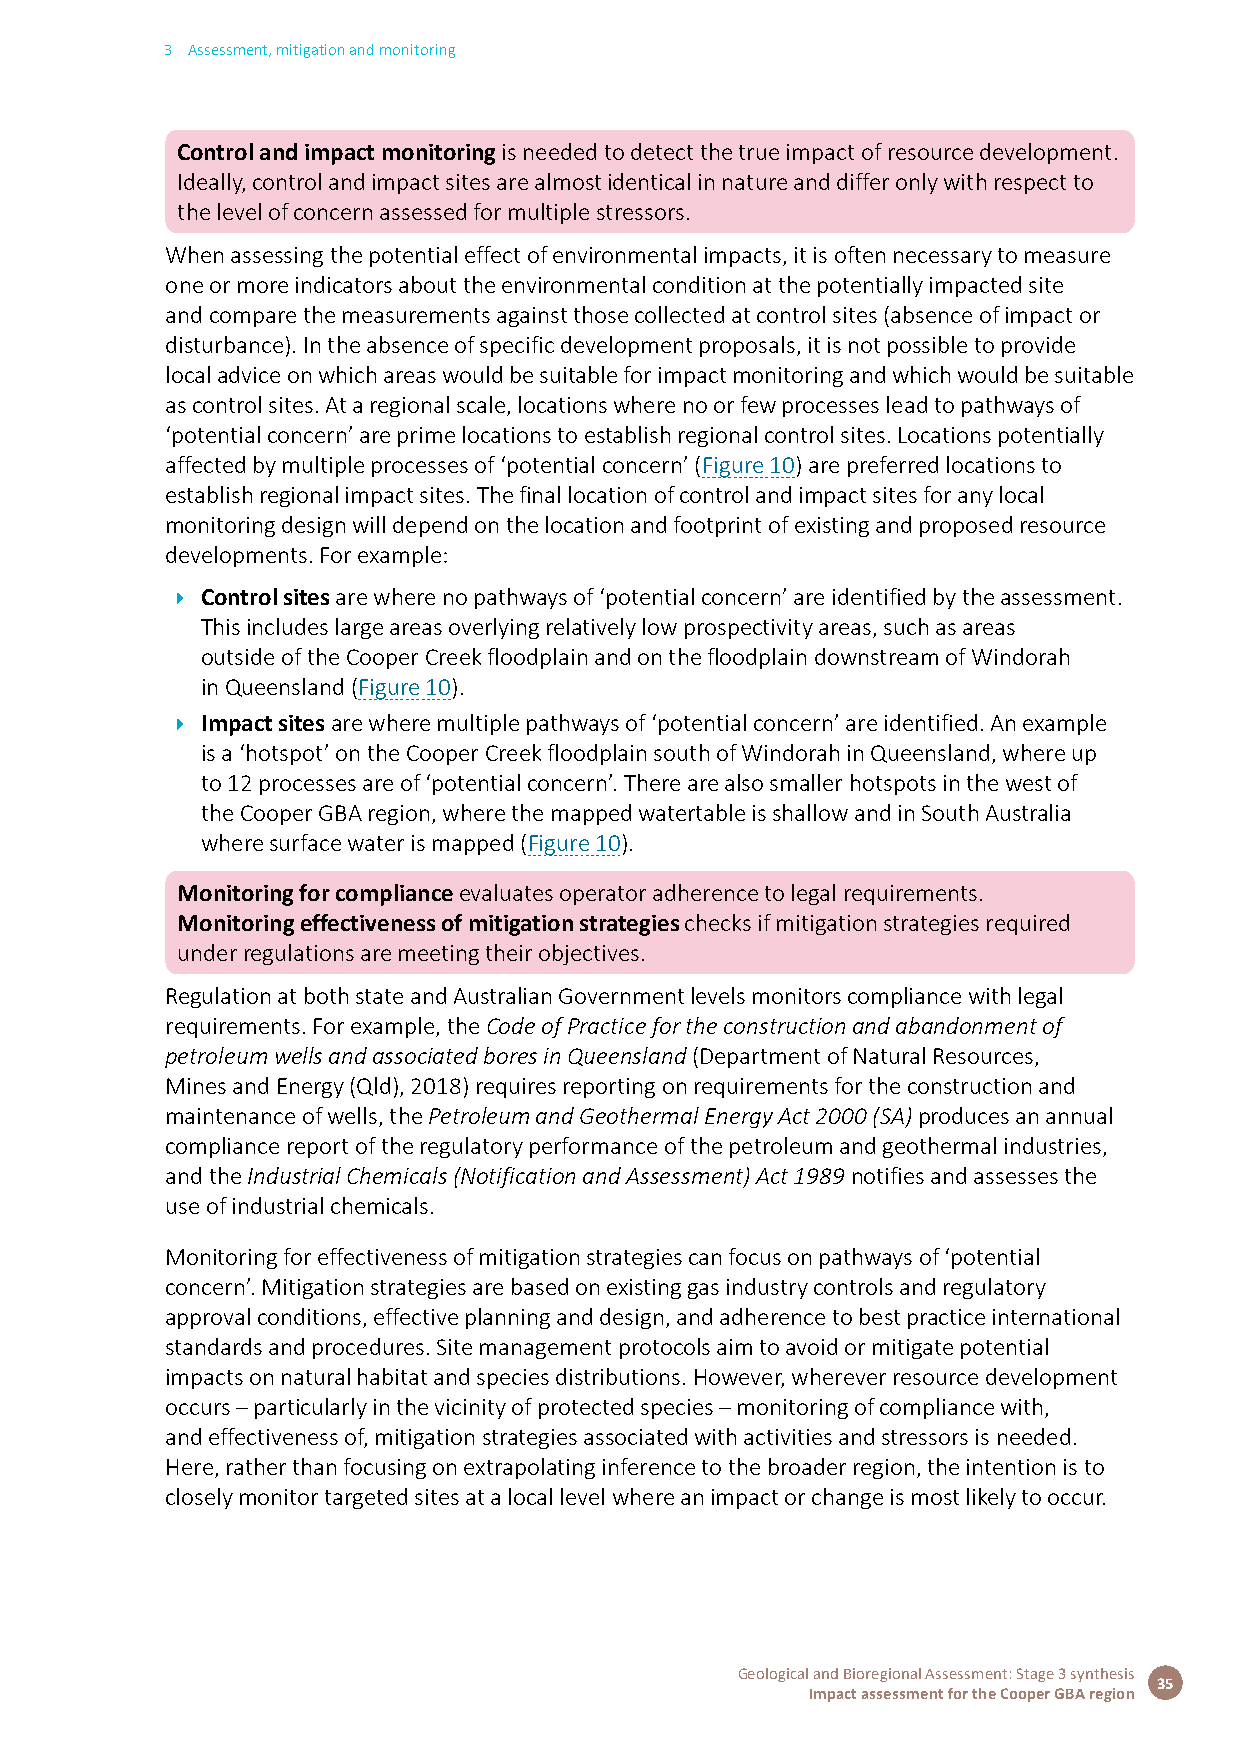
3 Assessment, mitigation and monitoring
 Control and impact monitoring is needed to detect the true impact of resource development.
 Ideally, control and impact sites are almost identical in nature and differ only with respect to
 the level of concern assessed for multiple stressors.
 When assessing the potential effect of environmental impacts, it is often necessary to measure
 one or more indicators about the environmental condition at the potentially impacted site
 and compare the measurements against those collected at control sites (absence of impact or
 disturbance). In the absence of specific development proposals, it is not possible to provide
 local advice on which areas would be suitable for impact monitoring and which would be suitable
 as control sites. At a regional scale, locations where no or few processes lead to pathways of
 ‘potential concern’ are prime locations to establish regional control sites. Locations potentially
 affected by multiple processes of ‘potential concern’ (Figure 10) are preferred locations to
 establish regional impact sites. The final location of control and impact sites for any local
 monitoring design will depend on the location and footprint of existing and proposed resource
 developments. For example:
 Î Control sites are where no pathways of ‘potential concern’ are identified by the assessment.
 This includes large areas overlying relatively low prospectivity areas, such as areas
 outside of the Cooper Creek floodplain and on the floodplain downstream of Windorah
 in Queensland (Figure 10).
 Î impact sites are where multiple pathways of ‘potential concern’ are identified. An example
 is a ‘hotspot’ on the Cooper Creek floodplain south of Windorah in Queensland, where up
 to 12 processes are of ‘potential concern’. There are also smaller hotspots in the west of
 the Cooper GBA region, where the mapped watertable is shallow and in South Australia
 where surface water is mapped (Figure 10).
 Monitoring for compliance evaluates operator adherence to legal requirements.
 Monitoring effectiveness of mitigation strategies checks if mitigation strategies required
 under regulations are meeting their objectives.
 Regulation at both state and Australian Government levels monitors compliance with legal
 requirements. For example, the Code of Practice for the construction and abandonment of
 petroleum wells and associated bores in Queensland (Department of Natural Resources‚
 Mines and Energy (Qld), 2018) requires reporting on requirements for the construction and
 maintenance of wells, the Petroleum and Geothermal Energy Act 2000 (SA) produces an annual
 compliance report of the regulatory performance of the petroleum and geothermal industries,
 and the Industrial Chemicals (Notification and Assessment) Act 1989 notifies and assesses the
 use of industrial chemicals.
 Monitoring for effectiveness of mitigation strategies can focus on pathways of ‘potential
 concern’. Mitigation strategies are based on existing gas industry controls and regulatory
 approval conditions, effective planning and design, and adherence to best practice international
 standards and procedures. Site management protocols aim to avoid or mitigate potential
 impacts on natural habitat and species distributions. However, wherever resource development
 occurs – particularly in the vicinity of protected species – monitoring of compliance with,
 and effectiveness of, mitigation strategies associated with activities and stressors is needed.
 Here, rather than focusing on extrapolating inference to the broader region, the intention is to
 closely monitor targeted sites at a local level where an impact or change is most likely to occur.
 Geological and Bioregional Assessment: Stage 3 synthesis
 35
 Impact assessment for the Cooper GBA region